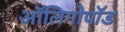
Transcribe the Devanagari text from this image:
ऑलिगोपॉड